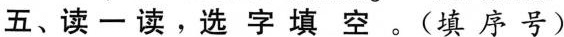
五、读一读。选字填空。(填序号)